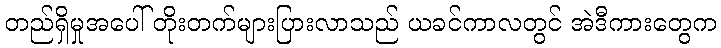
တည်ရှိမှုအပေါ် တိုးတက်များပြားလာသည် ယခင်ကာလတွင် အဲဒီကားတွေက